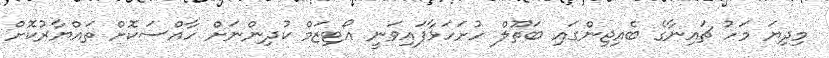
މިދިޔަ މަހު ޗައިނާގެ ބެއިޖިންގައި ބަތޫލް ހުށަހަޅާފައިވަނީ އޯޓިޒަމް ކުދިންނަށް ހާއްސަކޮށް ތައްޔާރުކޮށް